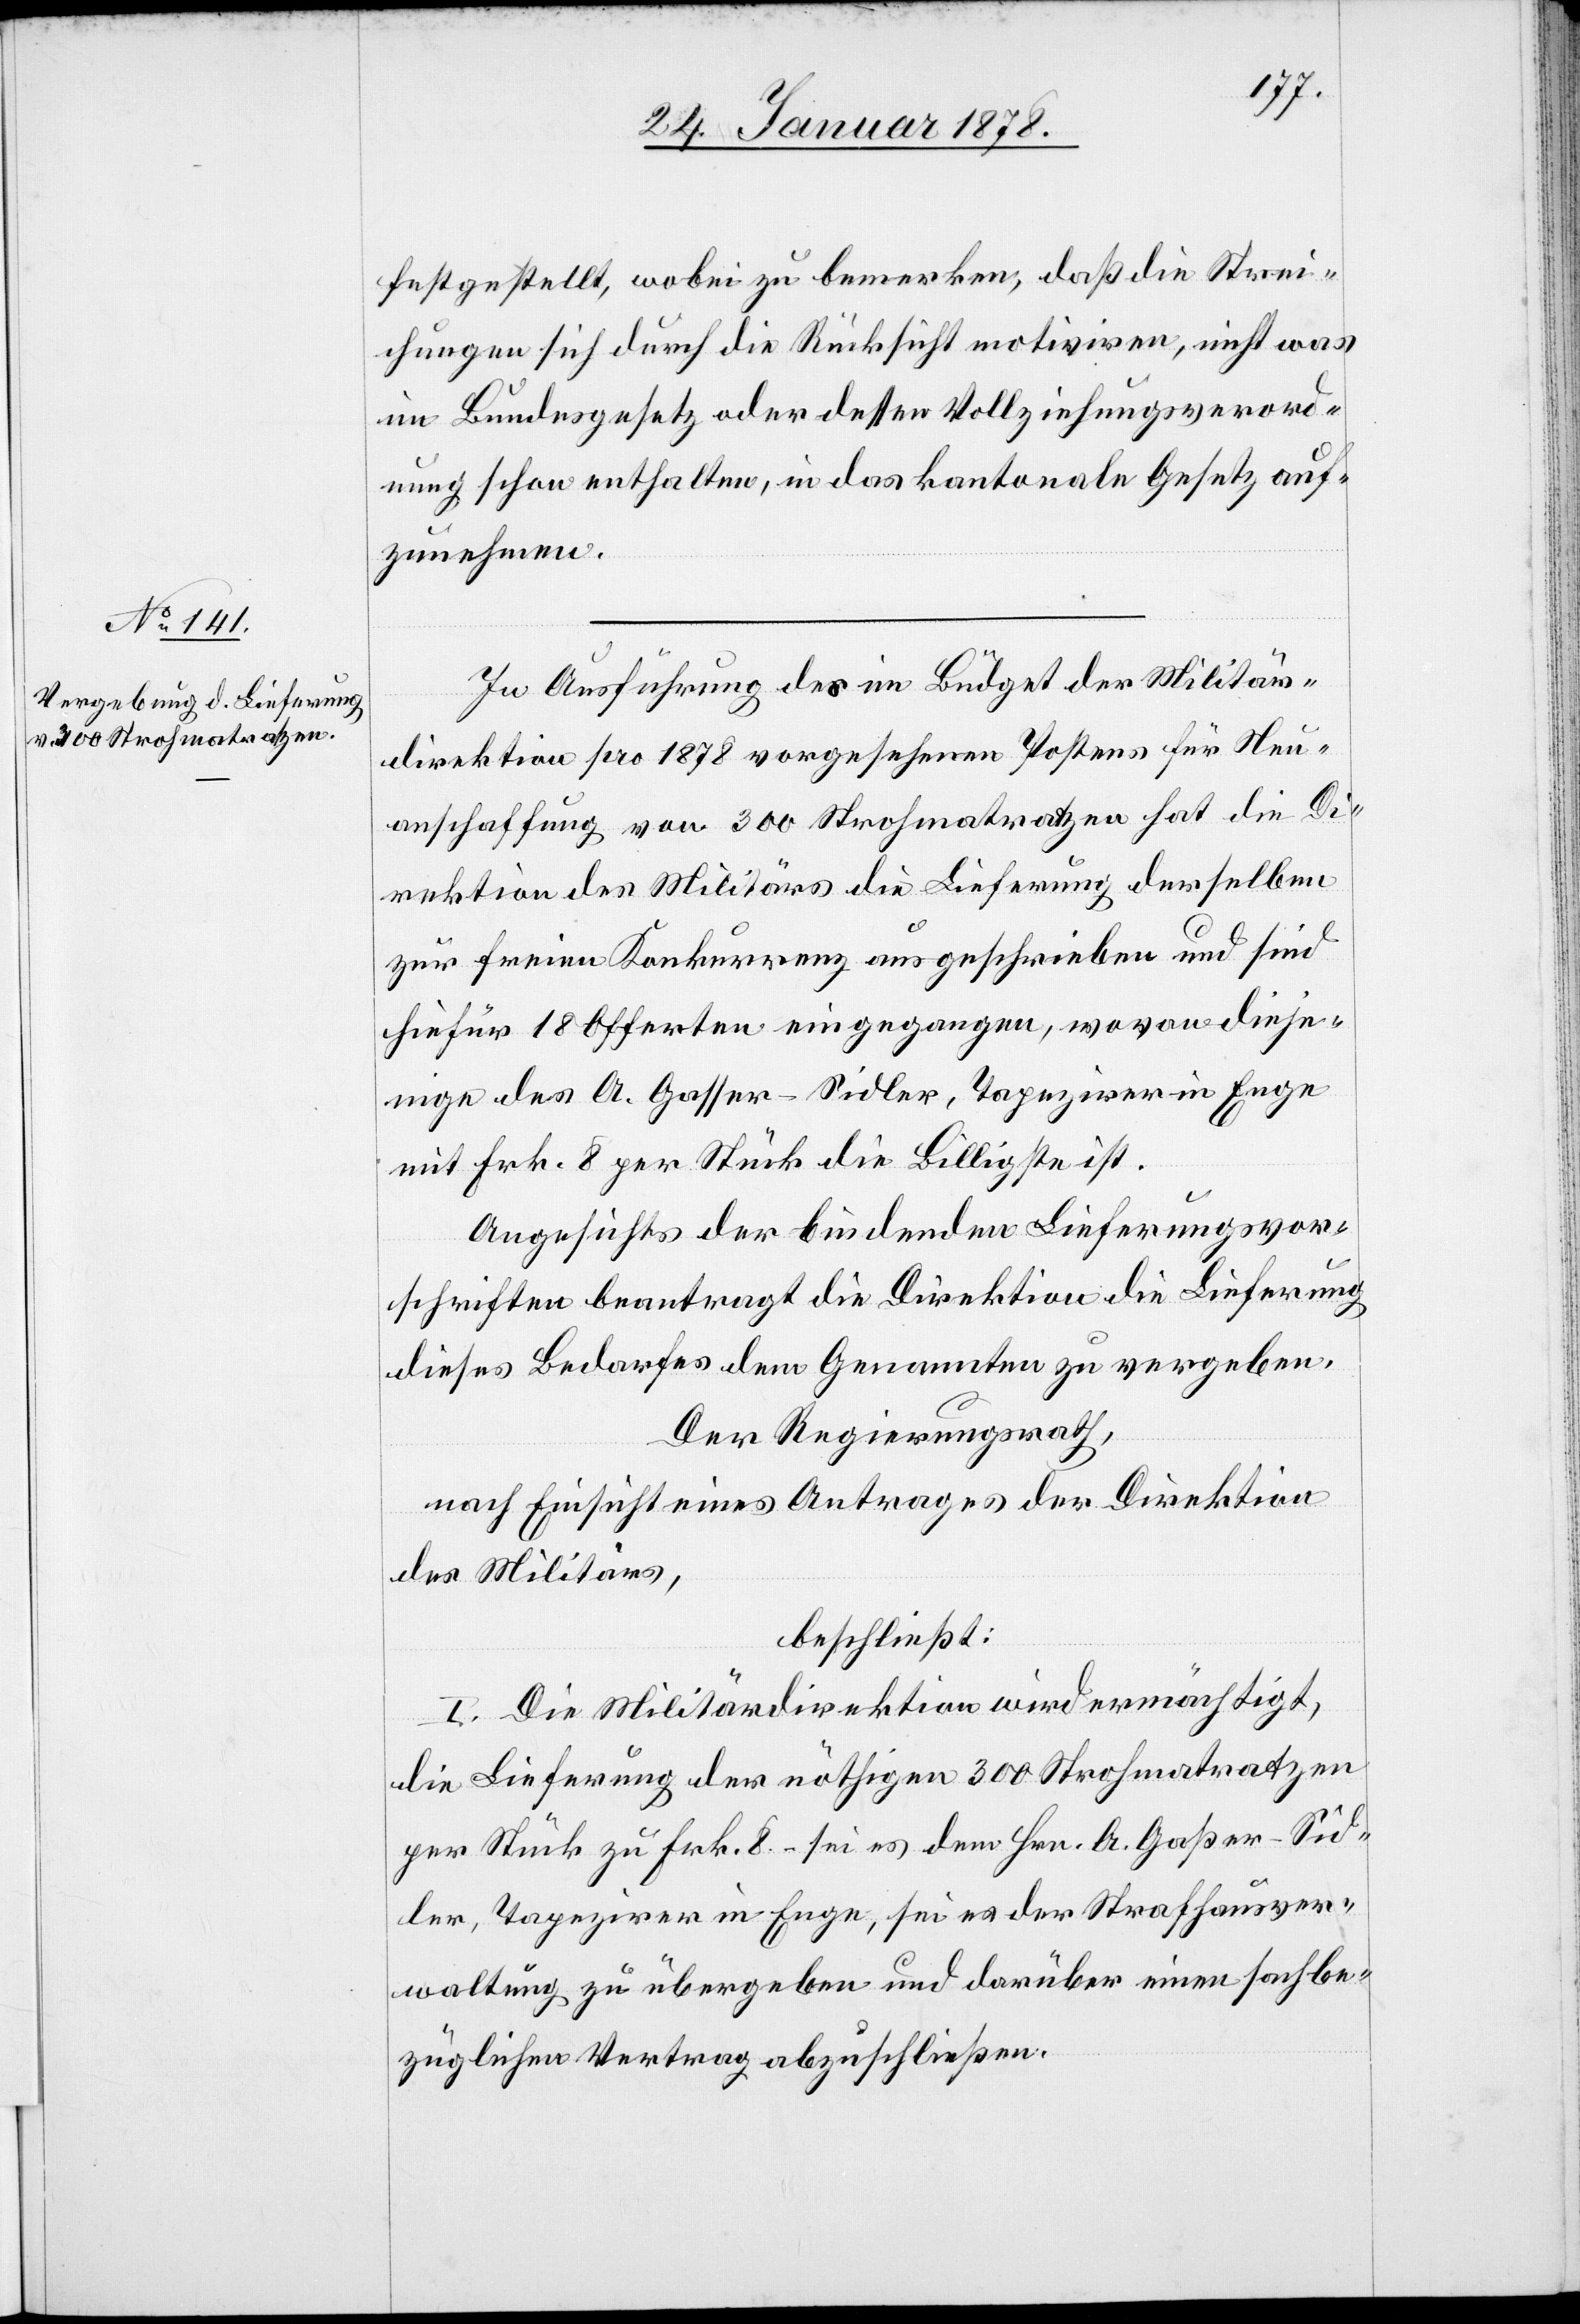
festgestellt, wobei zu bemerken [ist], daß die Strei¬
chungen sich durch die Rücksicht motiviren, nicht was
im Bundesgesetz oder dessen Vollziehungsverord¬
nung schon enthalten, in das kantonale Gesetz auf¬
zunehmen.
In Ausführung des im Büdget der Militär¬
direktion pro 1878 vorgesehenen Postens für Neu¬
anschaffung von 300 Strohmatratzen hat die Di¬
rektion des Militärs die Lieferung derselben
zur freien Konkurrenz ausgeschrieben und sind
hiefür 18 Offerten eingegangen, wovon dieje¬
nige des A. Gasser-Sidler, Tapezirer in Enge
mit Frk. 8 per Stück die Billigste ist.
Angesichts der bindenden Lieferungsvor¬
schriften beantragt die Direktion die Lieferung
dieses Bedarfes dem Genannten zu vergeben.
Der Regierungsrath,
nach Einsicht eines Antrages der Direktion
des Militärs,
beschließt:
I. Die Militärdirektion wird ermächtigt,
die Lieferung der nöthigen 300 Strohmatratzen
per Stück zu Frk. 8.– sei es dem Hrn. A. Gaßer-Sid¬
ler, Tapezirer in Enge, sei es der Strafhausver¬
waltung zu übergeben und darüber einen sachbe¬
züglichen Vertrag abzuschließen.